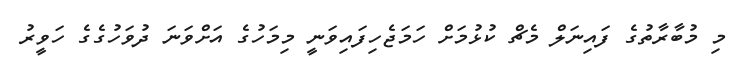
މި މުބާރާތުގެ ފައިނަލް މެޗް ކުޅުމަށް ހަމަޖެހިފައިވަނީ މިމަހުގެ އަށްވަނަ ދުވަހުގެގެ ހަވީރު